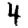
Digit: 4